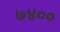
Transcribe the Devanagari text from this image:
७४००